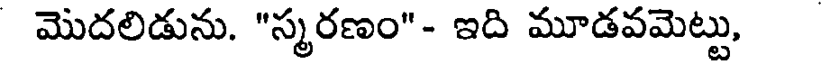
మొదలిడును. "స్మరణం"- ఇది మూడవమెట్టు,